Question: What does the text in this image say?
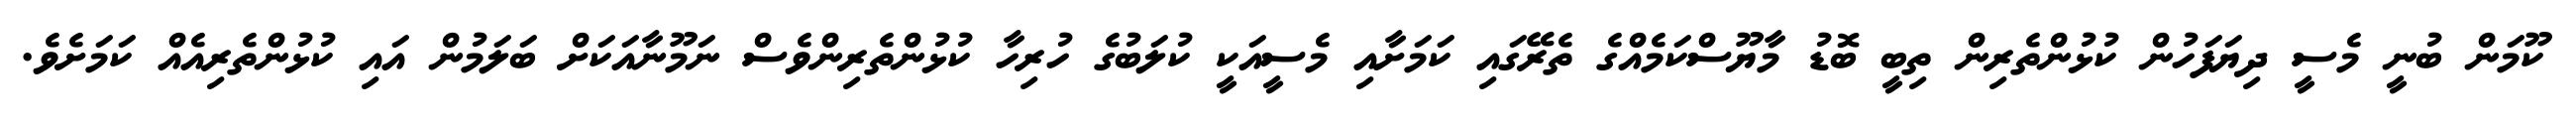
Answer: ކޫމަން ބުނީ މެސީ ދިޔަފަހުން ކުޅުންތެރިން ތިބީ ބޮޑު މާޔޫސްކަމެއްގެ ތެރޭގައި ކަމަށާއި މެސީއަކީ ކުލަބުގެ ހުރިހާ ކުޅުންތެރިންވެސް ނަމޫނާއަކަށް ބަލަމުން އައި ކުޅުންތެރިއެއް ކަމަށެވެ.